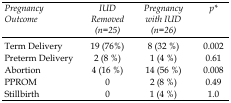
<table><thead><tr><td><b><i>Pregnancy Outcome</i></b></td><td><b><i>IUD Removed (n=25)</i></b></td><td><b><i>Pregnancy with IUD (n=26)</i></b></td><td><b><i>p*</i></b></td></tr></thead><tbody><tr><td>Term Delivery</td><td>19 (76%)</td><td>8 (32 %)</td><td>0.002</td></tr><tr><td>Preterm Delivery</td><td>2 (8 %)</td><td>1 (4 %)</td><td>0.61</td></tr><tr><td>Abortion</td><td>4 (16 %)</td><td>14 (56 %)</td><td>0.008</td></tr><tr><td>PPROM</td><td>0</td><td>2 (8 %)</td><td>0.49</td></tr><tr><td>Stillbirth</td><td>0</td><td>1 (4 %)</td><td>1.0</td></tr></tbody></table>